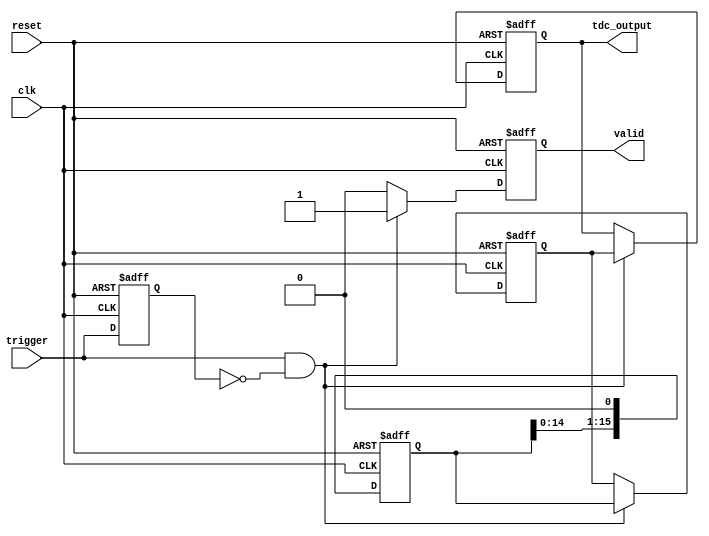
module hybrid_tdc (
    input wire clk,                // System clock
    input wire reset,              // Asynchronous reset
    input wire trigger,            // Input trigger signal
    output reg [15:0] tdc_output,  // TDC output (16-bit for example)
    output reg valid               // Output valid signal
);

    // Parameters
    parameter DELAY_LINE_SIZE = 16; // Number of delay elements
    parameter COUNTER_WIDTH = 8;     // Width of the counter

    // Internal signals
    reg [COUNTER_WIDTH-1:0] counter; // Coarse time counter
    reg [DELAY_LINE_SIZE-1:0] delay_line; // Delay line
    reg [DELAY_LINE_SIZE-1:0] fine_measure; // Fine measurement
    reg trigger_prev;                // Previous trigger state

    // Delay line generation (simple shift register for demonstration)
    always @(posedge clk or posedge reset) begin
        if (reset) begin
            delay_line <= 0;
        end else begin
            delay_line <= {delay_line[DELAY_LINE_SIZE-2:0], 1'b0}; // Shift left
        end
    end

    // Coarse counter
    always @(posedge clk or posedge reset) begin
        if (reset) begin
            counter <= 0;
        end else if (trigger && !trigger_prev) begin
            counter <= counter + 1; // Increment on trigger
        end
    end

    // Fine measurement logic
    always @(posedge clk or posedge reset) begin
        if (reset) begin
            fine_measure <= 0;
        end else if (trigger && !trigger_prev) begin
            fine_measure <= delay_line; // Capture delay line state on trigger
        end
    end

    // Output logic
    always @(posedge clk or posedge reset) begin
        if (reset) begin
            tdc_output <= 0;
            valid <= 0;
        end else if (trigger && !trigger_prev) begin
            tdc_output <= {counter, fine_measure}; // Combine coarse and fine
            valid <= 1; // Indicate valid output
        end else begin
            valid <= 0; // Reset valid signal
        end
    end

    // Trigger edge detection
    always @(posedge clk or posedge reset) begin
        if (reset) begin
            trigger_prev <= 0;
        end else begin
            trigger_prev <= trigger; // Store previous trigger state
        end
    end

endmodule